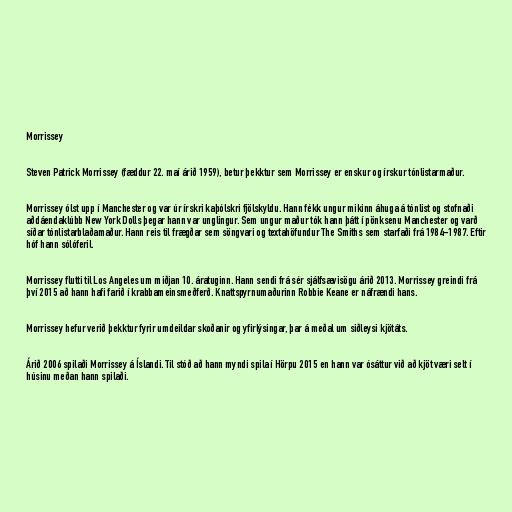
Morrissey

Steven Patrick Morrissey (fæddur 22. maí árið 1959), betur þekktur sem Morrissey er enskur og írskur tónlistarmaður.

Morrissey ólst upp í Manchester og var úr írskri kaþólskri fjölskyldu. Hann fékk ungur mikinn áhuga á tónlist og stofnaði
aðdáendaklúbb New York Dolls þegar hann var unglingur. Sem ungur maður tók hann þátt í pönksenu Manchester og varð
síðar tónlistarblaðamaður. Hann reis til frægðar sem söngvari og textahöfundur The Smiths sem starfaði frá 1984-1987. Eftir
hóf hann sólóferil.

Morrissey flutti til Los Angeles um miðjan 10. áratuginn. Hann sendi frá sér sjálfsævisögu árið 2013. Morrissey greindi frá
því 2015 að hann hafi farið í krabbameinsmeðferð. Knattspyrnumaðurinn Robbie Keane er náfrændi hans.

Morrissey hefur verið þekktur fyrir umdeildar skoðanir og yfirlýsingar, þar á meðal um siðleysi kjötáts.

Árið 2006 spilaði Morrissey á Íslandi. Til stóð að hann myndi spila í Hörpu 2015 en hann var ósáttur við að kjöt væri selt í
húsinu meðan hann spilaði.